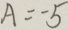
A = 5